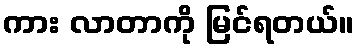
ကား လာတာကို မြင်ရတယ်။